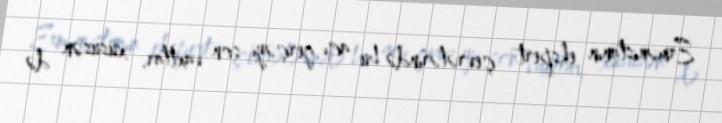
Ermənistanın ekspert çevrələrində bu acı gerçəyi son vaxtlar, xüsusən də